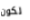
لكون